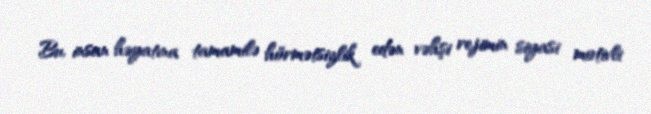
Bu, insan həyatına tamamilə hörmətsizlik edən vəhşi rejimin siyasi motivli